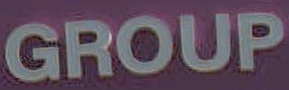
GROUP